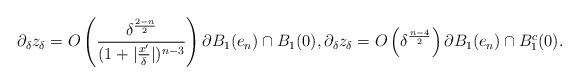
LaTeX: \begin{align*} \partial_\delta z_\delta= O\left(\frac{\delta^\frac{2-n}{2}}{(1+|\frac{x'}{\delta}|)^{n-3}}\right) \partial B_1(e_n)\cap B_1(0),\partial_\delta z_\delta= O\left(\delta^\frac{n-4}{2}\right) \partial B_1(e_n) \cap B_1^c(0).\end{align*}